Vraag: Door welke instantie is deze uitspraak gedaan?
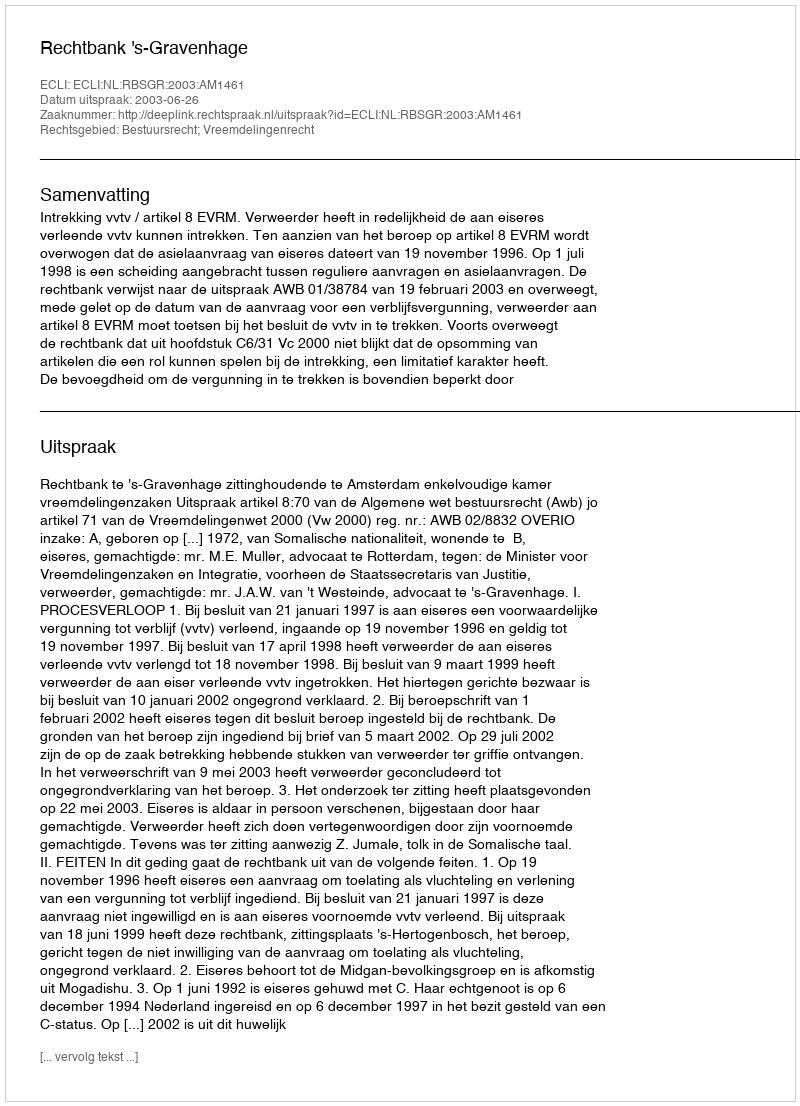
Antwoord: Rechtbank 's-Gravenhage